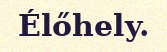
Élőhely.